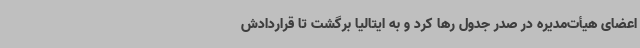
اعضای هیأت‌مدیره در صدر جدول رها کرد و به ایتالیا برگشت تا قراردادش